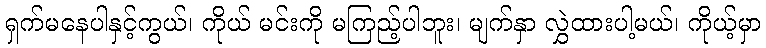
ရှက်မနေပါနှင့်ကွယ်၊ ကိုယ် မင်းကို မကြည့်ပါဘူး၊ မျက်နှာ လွှဲထားပါ့မယ်၊ ကိုယ့်မှာ